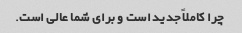
چرا کاملاً جدید است و برای شما عالی است.